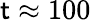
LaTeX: \mathsf{t}\approx100